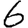
Digit: 6